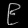
Digit: ၉